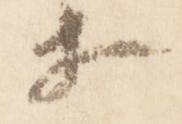
等